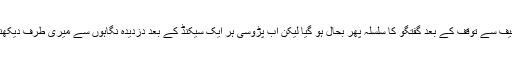
ایک خفیف سے توقف کے بعد گفتگو کا سلسلہ پھر بحال ہو گیا لیکن اب پڑوسی ہر ایک سیکنڈ کے بعد دزدیدہ نگاہوں سے میری طرف دیکھنے لگا۔